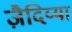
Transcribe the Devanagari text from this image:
ज़ैदिय्या